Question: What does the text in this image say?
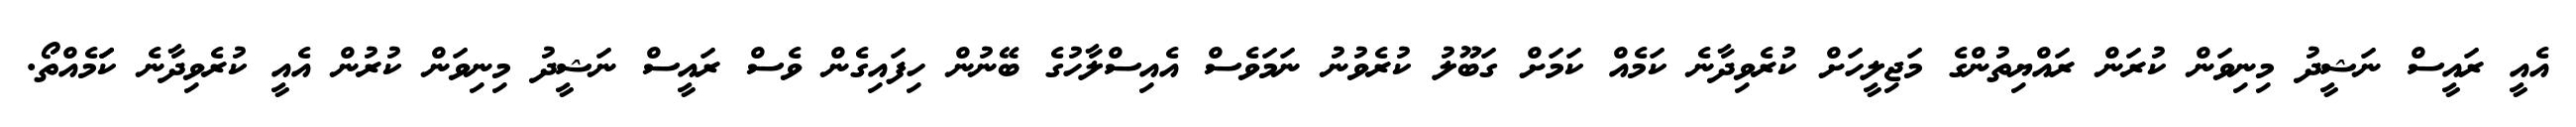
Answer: އެއީ ރައީސް ނަޝީދު މިނިވަން ކުރަން ރައްޔިތުންގެ މަޖިލީހަށް ކުރެވިދާނެ ކަމެއް ކަމަށް ގަބޫލު ކުރެވުނު ނަމަވެސް އެއިސްލާހުގެ ބޭނުން ހިފައިގެން ވެސް ރައީސް ނަޝީދު މިނިވަން ކުރުން އެއީ ކުރެވިދާނެ ކަަމެއްތޯ.